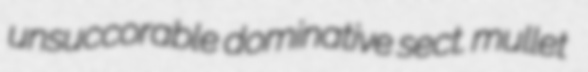
unsuccorable dominative sect. mullet